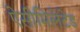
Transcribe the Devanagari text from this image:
ऐसीमिलेटेड